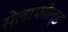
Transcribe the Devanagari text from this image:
सेलाफील्ड